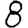
Digit: 8